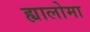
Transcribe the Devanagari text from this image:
ह्यालोमा